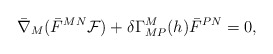
\begin{align*}\bar \nabla_M ( \bar F^{MN} {\cal F} ) +\delta \Gamma^M_{MP} (h) \bar F^{PN} =0,\end{align*}